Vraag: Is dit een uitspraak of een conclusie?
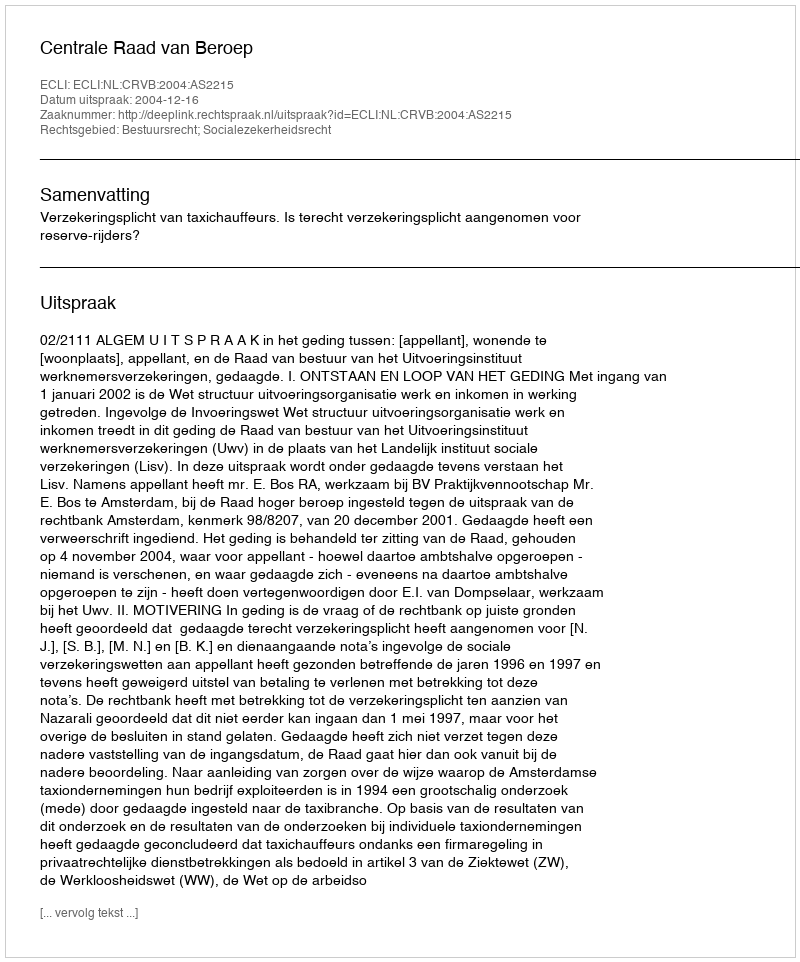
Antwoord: Uitspraak